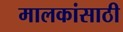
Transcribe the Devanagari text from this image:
मालकांसाठी